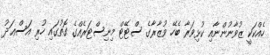
ހެއްކަކީ ޒުވާނުންނާއި ކުޅިވަރާ ބެހޭ ވުޒާރާގެ ސްޓޭޓް މިނިސްޓަރެއްގެ ގޮތުގައި ހުރި އަސްޢަދު